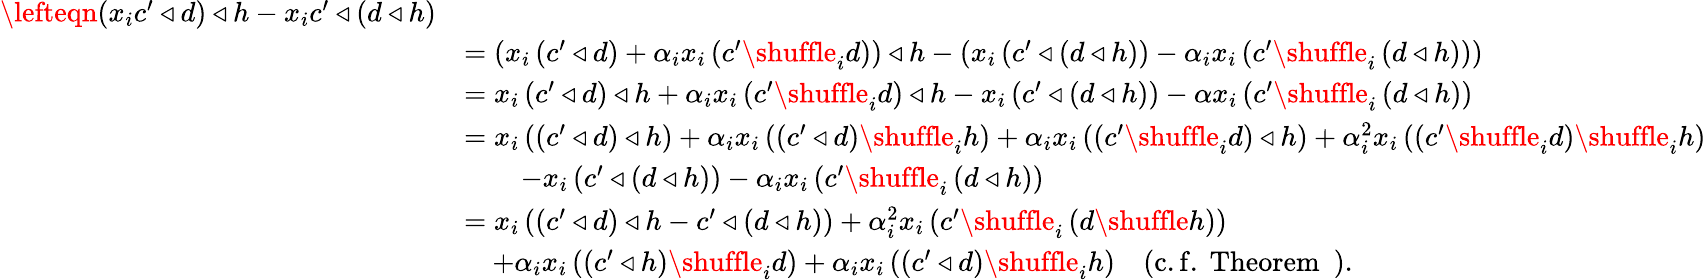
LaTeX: \begin{array}{rl}{\lefteqn{\left(x_{i}c^{\prime}\triangleleft d\right)\triangleleft h-x_{i}c^{\prime}\triangleleft\left(d\triangleleft h\right)}}\\ &{=\left(x_{i}\left(c^{\prime}\triangleleft d\right)+\alpha_{i}x_{i}\left(c^{\prime}\shuffle_{i}d\right)\right)\triangleleft h-\left(x_{i}\left(c^{\prime}\triangleleft\left(d\triangleleft h\right)\right)-\alpha_{i}x_{i}\left(c^{\prime}\shuffle_{i}\left(d\triangleleft h\right)\right)\right)}\\ &{=x_{i}\left(c^{\prime}\triangleleft d\right)\triangleleft h+\alpha_{i}x_{i}\left(c^{\prime}\shuffle_{i}d\right)\triangleleft h-x_{i}\left(c^{\prime}\triangleleft\left(d\triangleleft h\right)\right)-\alpha x_{i}\left(c^{\prime}\shuffle_{i}\left(d\triangleleft h\right)\right)}\\ &{=x_{i}\left(\left(c^{\prime}\triangleleft d\right)\triangleleft h\right)+\alpha_{i}x_{i}\left(\left(c^{\prime}\triangleleft d\right)\shuffle_{i}h\right)+\alpha_{i}x_{i}\left(\left(c^{\prime}\shuffle_{i}d\right)\triangleleft h\right)+\alpha_{i}^{2}x_{i}\left(\left(c^{\prime}\shuffle_{i}d\right)\shuffle_{i}h\right)}\\ &{\quad\quad-x_{i}\left(c^{\prime}\triangleleft\left(d\triangleleft h\right)\right)-\alpha_{i}x_{i}\left(c^{\prime}\shuffle_{i}\left(d\triangleleft h\right)\right)}\\ &{=x_{i}\left(\left(c^{\prime}\triangleleft d\right)\triangleleft h-c^{\prime}\triangleleft\left(d\triangleleft h\right)\right)+\alpha_{i}^{2}x_{i}\left(c^{\prime}\shuffle_{i}\left(d\shuffle h\right)\right)}\\ &{\quad+\alpha_{i}x_{i}\left(\left(c^{\prime}\triangleleft h\right)\shuffle_{i}d\right)+\alpha_{i}x_{i}\left(\left(c^{\prime}\triangleleft d\right)\shuffle_{i}h\right)\quad\mathrm{(c.f.~Theorem~~)}.}\end{array}